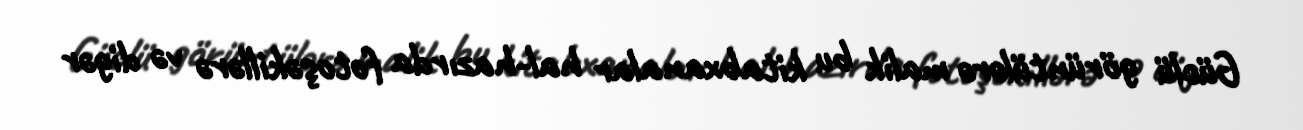
Güclü görüntülərə malik bu kitabxanalar hal-hazırda fotoşəkillərə və digər